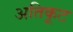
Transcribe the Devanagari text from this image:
अतिकूट